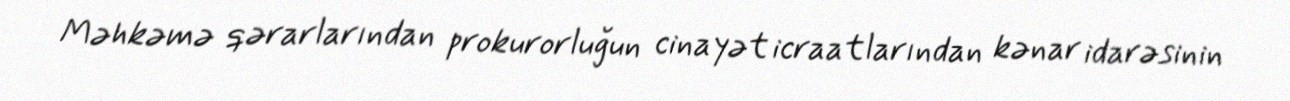
Məhkəmə qərarlarından prokurorluğun cinayət icraatlarından kənar idarəsinin